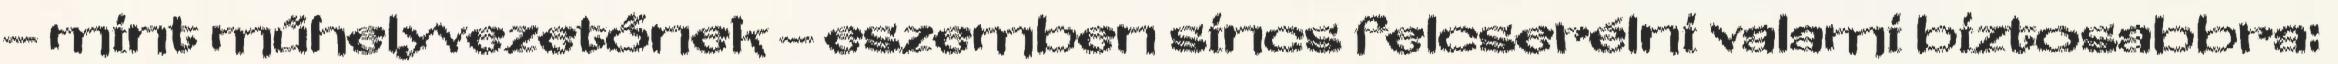
– mint műhelyvezetőnek – eszemben sincs felcserélni valami biztosabbra: